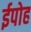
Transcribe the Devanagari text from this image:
ईपोह